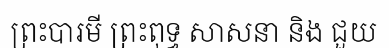
ព្រះបារមី ព្រះពុទ្ធ សាសនា និង ជួយ